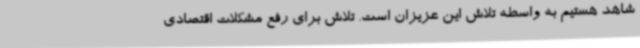
شاهد هستیم به واسطه تلاش این عزیزان است. تلاش برای رفع مشکلات اقتصادی